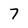
Character: 7